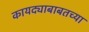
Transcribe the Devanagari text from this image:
कायद्याबाबतच्या